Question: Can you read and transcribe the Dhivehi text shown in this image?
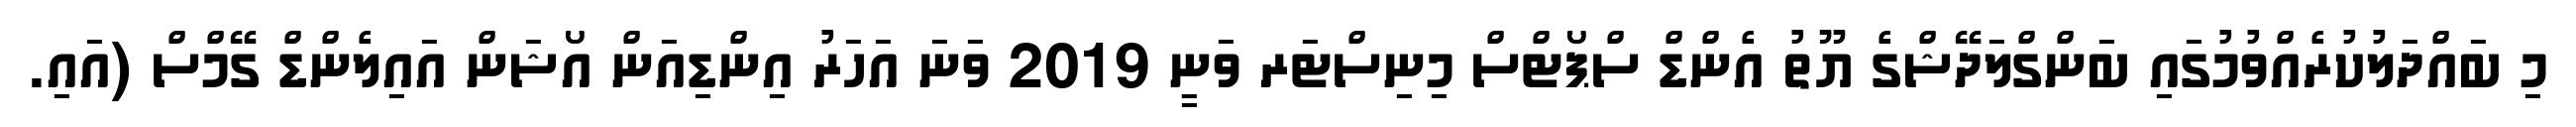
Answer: މި ބައްދަލުކުރެއްވުމުގައި ބަންގްލަދޭޝްގެ ޔޫތު އެންޑް ސްޕޯޓްސް މިނިސްޓަރ ވަނީ 2019 ވަނަ އަހަރު އިންޑިއަން އޯޝަން އައިލެންޑް ގޭމްސް (އައި.